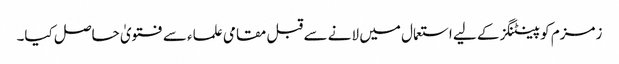
زمزم کو پینٹنگز کے لیے استعمال میں لانے سے قبل مقامی علماء سے فتویٰ حاصل کیا۔